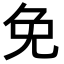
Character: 免